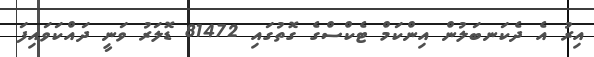
އިރު އެ ދެކަނބަލުން އިންކަމް ޓެކްސްގެ ގޮތުގައި 81472 ޑޮލަރު ވަނީ ދައްކަވައިފަ